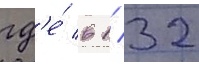
гд'е́ в 1/ 32